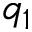
q _ { 1 }